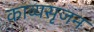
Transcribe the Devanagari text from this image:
काव्यसृजन